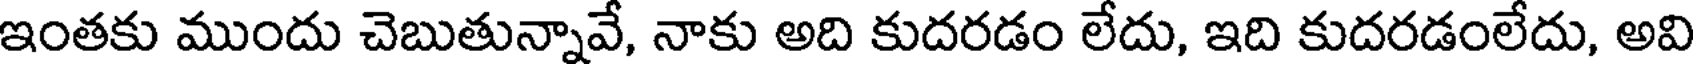
ఇంతకు ముందు చెబుతున్నావే, నాకు అది కుదరడం లేదు, ఇది కుదరడంలేదు, అవి